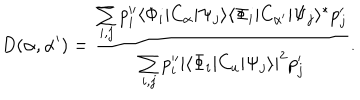
D ( \alpha , { \alpha ^ { \prime } } ) = { \frac { \sum _ { i , j } p _ { i } ^ { \prime \prime } \langle \Phi _ { i } | C _ { \alpha } | \Psi _ { j } \rangle \langle \Phi _ { i } | C _ { \alpha ^ { \prime } } | \Psi _ { j } \rangle ^ { * } p _ { j } ^ { \prime } } { \sum _ { i , j } p _ { i } ^ { \prime \prime } | \langle \Phi _ { i } | C _ { u } | \Psi _ { j } \rangle | ^ { 2 } p _ { j } ^ { \prime } } } .